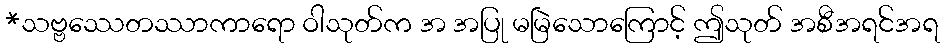
*သဗ္ဗဿေတဿာကာရော ဝါသုတ်က အ အပြု မမြဲသောကြောင့် ဤသုတ် အစီအရင်အရ